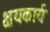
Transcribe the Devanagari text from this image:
क्षयकार्य